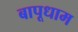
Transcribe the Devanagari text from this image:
बापूधाम